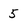
Character: 5